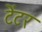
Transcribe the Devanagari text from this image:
टेंटर